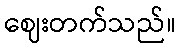
ဈေးတက်သည်။